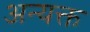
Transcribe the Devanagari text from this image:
अन्यक्त